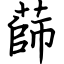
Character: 蒒